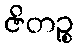
ဇိတဉ္စ